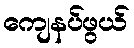
ကျေနပ်ဖွယ်